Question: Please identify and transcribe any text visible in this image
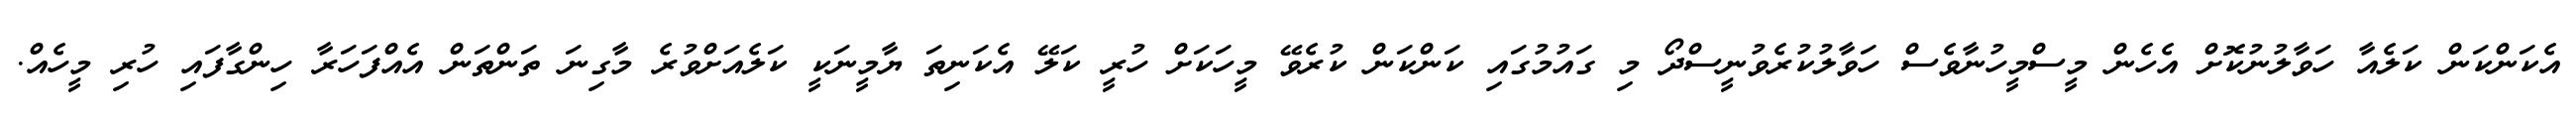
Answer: އެކަންކަން ކަލެއާ ހަވާލުނުކޮށް އެހެން މީސްމީހުނާވެސް ހަވާލުކުރެވުނީސްދޯ މި ގައުމުގައި ކަންކަން ކުރެވޭ މީހަކަށް ހުރީ ކަލޭ އެކަނިތަ ޔާމީނަކީ ކަލެއަށްވުރެ މާގިނަ ތަންތަން އެއްފަހަރާ ހިންގާފައި ހުރި މީހެއް.